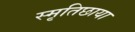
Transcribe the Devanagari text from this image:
स्मृतिछाया